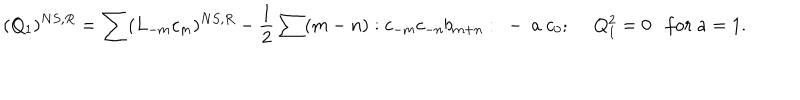
LaTeX: ( Q _ { 1 } ) ^ { N S , R } = \sum ( L _ { - m } c _ { m } ) ^ { N S , R } - \frac { 1 } { 2 } \sum ( m - n ) : c _ { - m } c _ { - n } b _ { m + n } : ~ - ~ a ~ c _ { 0 } ; ~ ~ Q _ { 1 } ^ { 2 } = 0 f o r ~ a = 1 .